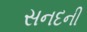
સનદની